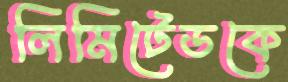
লিমিটেডকে